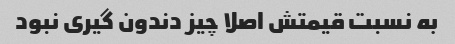
به نسبت قیمتش اصلا چیز دندون گیری نبود